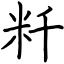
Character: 粁